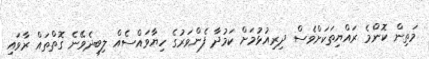
މަތިން ކޮންމެ ރައްޔިތަކަށްވެސް ދިރިއުޅުމަށް ކަމުދާ ފެންވަރުގެ ހިޔާވައްސެއް ލިބިދެވޭނެ ގޮތްތައް ރާވައި